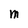
Character: M